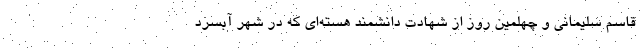
قاسم سلیمانی و چهلمین روز از شهادت دانشمند هسته‌ای که در شهر آبسرد